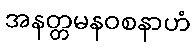
အနတ္တမနဝစနာဟံ